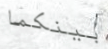
بينكما